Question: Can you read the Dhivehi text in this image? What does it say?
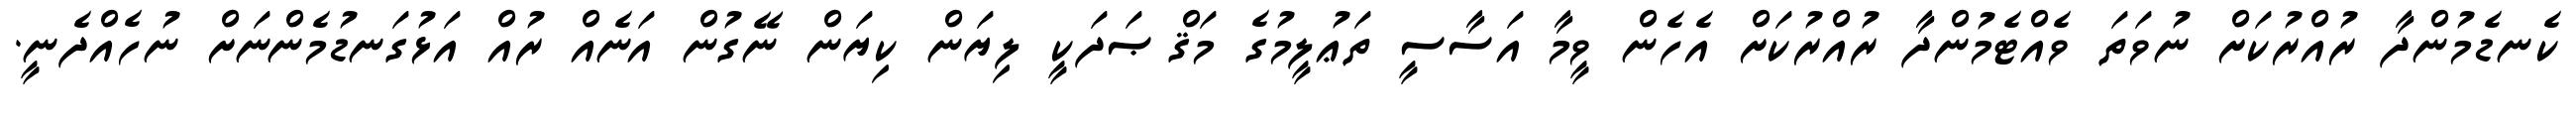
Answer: ކެނޑެމުންދާ ރުއްރުކަށް ނުވަތަ ވެއްޓެމުންދާ ރުއްރުކަށް އެހެން ވީމާ އަސާސީ ތަޢުލީމުގެ މަޤްޞަދަކީ ލިޔަން ކިޔަން ނޭގުން އަނެއް ރުއް އަޅުގަނޑުމެންނަށް ނުހެއްދެނީ.